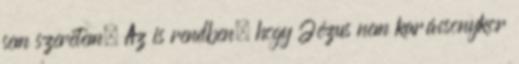
sem szeretem. Az is rendben, hogy Jézus nem karácsonykor